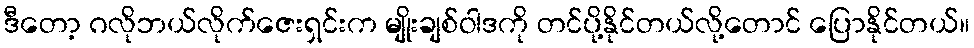
ဒီတော့ ဂလိုဘယ်လိုက်ဇေးရှင်းက မျိုးချစ်ဝါဒကို တင်ပို့နိုင်တယ်လို့တောင် ပြောနိုင်တယ်။